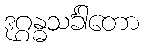
ဒုဂ္ဂန္ဓသင်္ခါတော